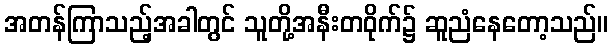
အတန်ကြာသည့်အခါတွင် သူတို့အနီးတဝိုက်၌ ဆူညံနေတော့သည်။